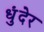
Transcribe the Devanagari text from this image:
धुंदेर